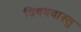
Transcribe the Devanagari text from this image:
विषयवास्तु